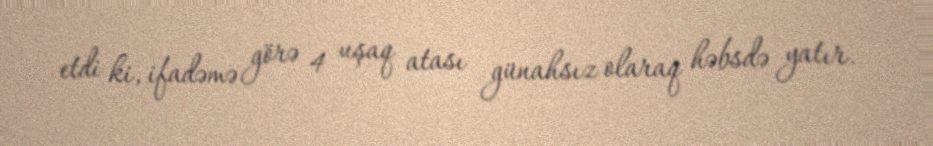
etdi ki, ifadəmə görə 4 uşaq atası günahsız olaraq həbsdə yatır.